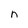
Character: n